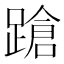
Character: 蹌